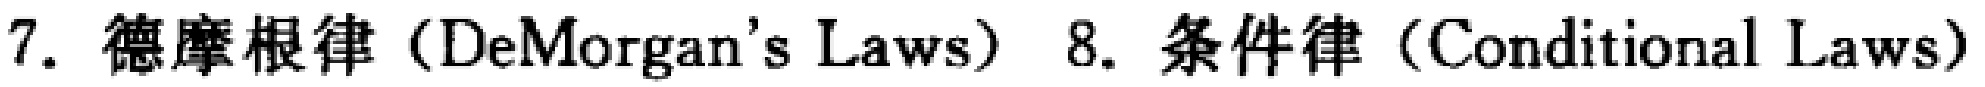
7. 德摩根律（DeMorgan's Laws） 8. 条件律（Conditional Laws）